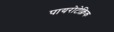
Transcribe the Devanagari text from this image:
पायरोटेक्निक